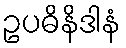
ဥပဓိနိဒါနံ